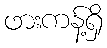
ဖားကန့်ရှိ